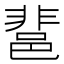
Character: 𨛬